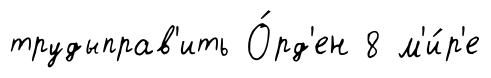
трудыправ'ить О́рд'ен 8 м'и́р'е